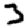
Digit: 3